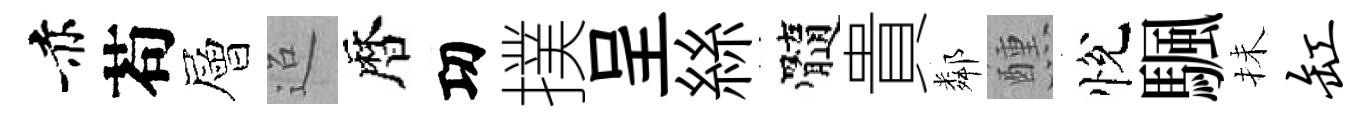
赤苟層迢暦㓛撲呈絲髓貴鄰醺悅颿抺缸